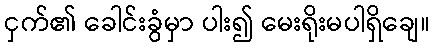
ငှက်၏ ခေါင်းခွံမှာ ပါး၍ မေးရိုးမပါရှိချေ။